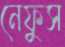
নেফুস